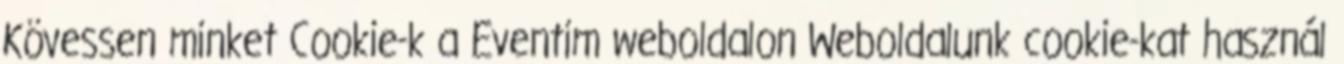
Kövessen minket Cookie-k a Eventim weboldalon Weboldalunk cookie-kat használ